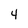
Character: 4